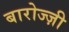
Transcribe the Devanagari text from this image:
बारोज्ज़ी